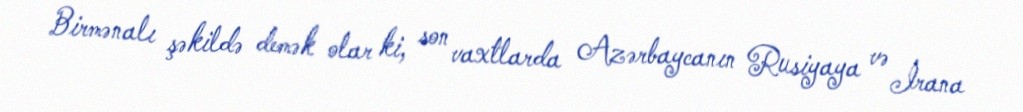
Birmənalı şəkildə demək olar ki, son vaxtlarda Azərbaycanın Rusiyaya və İrana